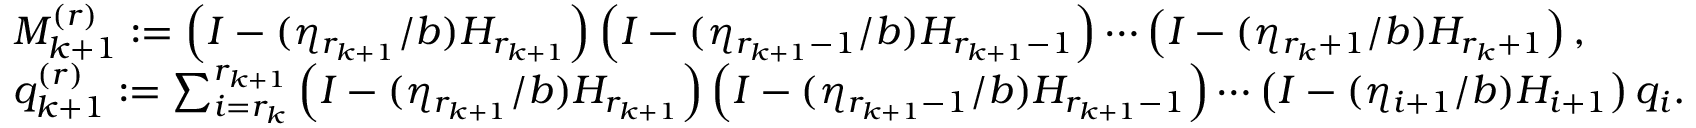
\begin{array} { r l } & { M _ { k + 1 } ^ { ( r ) } : = \left( I - ( \eta _ { r _ { k + 1 } } / b ) H _ { r _ { k + 1 } } \right) \left( I - ( \eta _ { r _ { k + 1 } - 1 } / b ) H _ { r _ { k + 1 } - 1 } \right) \cdots \left( I - ( \eta _ { r _ { k } + 1 } / b ) H _ { r _ { k } + 1 } \right) , } \\ & { q _ { k + 1 } ^ { ( r ) } : = \sum _ { i = r _ { k } } ^ { r _ { k + 1 } } \left( I - ( \eta _ { r _ { k + 1 } } / b ) H _ { r _ { k + 1 } } \right) \left( I - ( \eta _ { r _ { k + 1 } - 1 } / b ) H _ { r _ { k + 1 } - 1 } \right) \cdots \left( I - ( \eta _ { i + 1 } / b ) H _ { i + 1 } \right) q _ { i } . } \end{array}